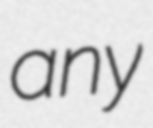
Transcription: any